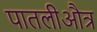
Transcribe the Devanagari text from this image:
पातलीऔत्र